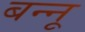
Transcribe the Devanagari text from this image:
बन्‍नू